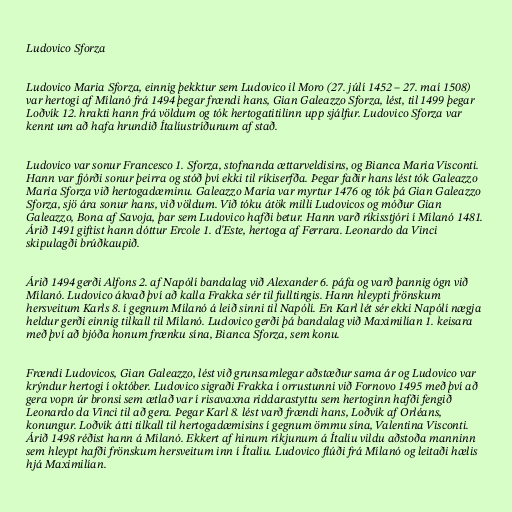
Ludovico Sforza

Ludovico Maria Sforza, einnig þekktur sem Ludovico il Moro (27. júlí 1452 – 27. maí 1508)
var hertogi af Mílanó frá 1494 þegar frændi hans, Gian Galeazzo Sforza, lést, til 1499 þegar
Loðvík 12. hrakti hann frá völdum og tók hertogatitilinn upp sjálfur. Ludovico Sforza var
kennt um að hafa hrundið Ítalíustríðunum af stað.

Ludovico var sonur Francesco 1. Sforza, stofnanda ættarveldisins, og Bianca Maria Visconti.
Hann var fjórði sonur þeirra og stóð því ekki til ríkiserfða. Þegar faðir hans lést tók Galeazzo
Maria Sforza við hertogadæminu. Galeazzo Maria var myrtur 1476 og tók þá Gian Galeazzo
Sforza, sjö ára sonur hans, við völdum. Við tóku átök milli Ludovicos og móður Gian
Galeazzo, Bona af Savoja, þar sem Ludovico hafði betur. Hann varð ríkisstjóri í Mílanó 1481.
Árið 1491 giftist hann dóttur Ercole 1. d'Este, hertoga af Ferrara. Leonardo da Vinci
skipulagði brúðkaupið.

Árið 1494 gerði Alfons 2. af Napólí bandalag við Alexander 6. páfa og varð þannig ógn við
Mílanó. Ludovico ákvað því að kalla Frakka sér til fulltingis. Hann hleypti frönskum
hersveitum Karls 8. í gegnum Mílanó á leið sinni til Napólí. En Karl lét sér ekki Napólí nægja
heldur gerði einnig tilkall til Mílanó. Ludovico gerði þá bandalag við Maximilían 1. keisara
með því að bjóða honum frænku sína, Bianca Sforza, sem konu.

Frændi Ludovicos, Gian Galeazzo, lést við grunsamlegar aðstæður sama ár og Ludovico var
krýndur hertogi í október. Ludovico sigraði Frakka í orrustunni við Fornovo 1495 með því að
gera vopn úr bronsi sem ætlað var í risavaxna riddarastyttu sem hertoginn hafði fengið
Leonardo da Vinci til að gera. Þegar Karl 8. lést varð frændi hans, Loðvík af Orléans,
konungur. Loðvík átti tilkall til hertogadæmisins í gegnum ömmu sína, Valentina Visconti.
Árið 1498 réðist hann á Mílanó. Ekkert af hinum ríkjunum á Ítalíu vildu aðstoða manninn
sem hleypt hafði frönskum hersveitum inn í Ítalíu. Ludovico flúði frá Mílanó og leitaði hælis
hjá Maximilían.